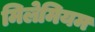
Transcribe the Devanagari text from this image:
मिलेमियम